Enquiry on enteric fever in India - Number 32
Disease focus: Fever
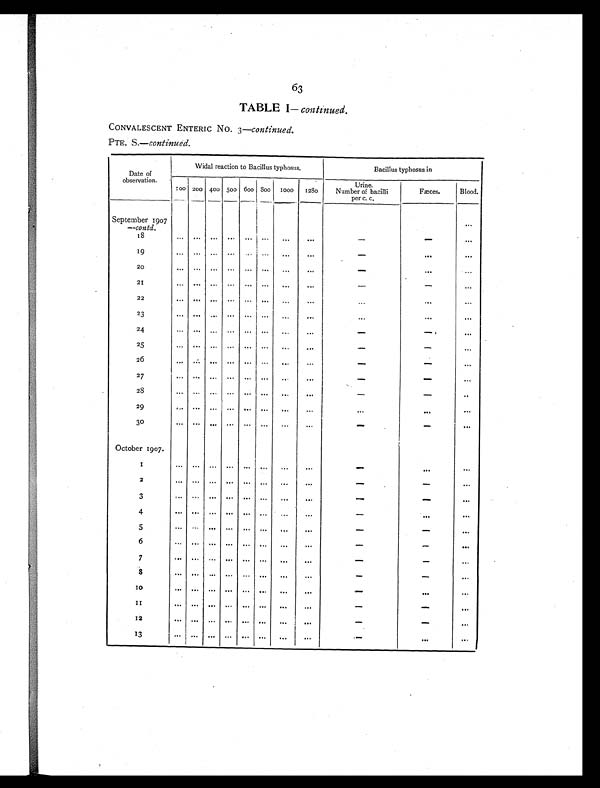
63
TABLE I — continued.
CONVALESCENT ENTERIC NO. 3— continued.
PTE. S.— continued.
Date of
observation.
Widal reaction to Bacillus typhosus.
Bacillus typhosus in
100 200 400 500 600 800 1000
1280
Urine.
Number of bacilli
per c. c.
Fæces.
Blood.
September 1907
— contd.
. . .
1 8
. . .
. . .
. . .
. . .
. . .
. . .
. . .
. . .
—
—
. . .
1 9
. . .
. . .
. . .
. . .
. . . . . .
. . .
. . .
—
. . .
...
20
. . .
. . .
. . .
. . .
. . .
. . .
. . .
. . .
—
...
...
21
. . .
. . .
. . .
. . .
. . .
. . .
...
...
—
—
. . .
22
. . .
. . .
. . .
. . .
. . . ...
. . .
. . .
. . .
. . . . . .
23
. . .
. . .
. . .
. . .
. . .
. . .
. . .
. . .
. . .
. . . . . .
2 4
. . .
. . .
. . .
. . .
. . .
. . .
. . .
. . .
—
— . . .
25
. . .
. . .
. . .
. . .
. . .
. . .
...
. . .
—
— . . .
26
. . .
. . .
. . .
. . .
. . .
. . .
...
. . .
—
—
. . .
27
. . .
. . .
. . .
. . .
. . .
. . .
. . . . . .
—
— . . .
28
. . .
. . .
. . .
. . .
. . .
. . .
. . .
. . .
—
— . . .
29
. . .
. . .
. . .
. . .
. . .
. . .
. . .
. . .
...
. . . . . .
30
. . .
. . .
. . .
. . .
. . .
. . .
. . .
. . .
—
— . . .
October 1907.
1
. . .
. . .
. . .
. . .
. . .
. . .
...
...
—
...
. . .
2
. . .
. . .
. . .
. . .
. . .
. . .
. . .
. . .
—
— . . .
3
. . .
. . .
. . .
. . .
. . .
. . .
. . .
. . .
—
— . . .
4
. . .
...
. . . ...
...
. . .
. . .
. . .
—
. . . . . .
5
. . .
. . .
. . .
. . .
. . .
. . . ...
. . .
—
—
. . .
6
. . .
. . .
. . .
. . .
. . .
. . .
. . .
...
—
— . . .
7
. . .
. . .
. . .
. . .
. . .
. . .
. . .
. . .
—
— . . .
8
. . .
. . .
. . .
. . .
. . .
. . .
. . .
. . .
—
— . . .
10
. . .
. . .
. . .
. . .
. . .
. . .
. . .
. . .
—
. . . . . .
1 1
. . .
. . .
. . .
. . .
. . .
. . .
. . .
. . .
—
— . . .
12
. . .
. . .
. . .
. . .
. . .
. . .
. . .
. . .
—
—
. . .
13
. . .
. . .
. . .
. . .
. . .
. . .
. . . ...
—
. . . . . .